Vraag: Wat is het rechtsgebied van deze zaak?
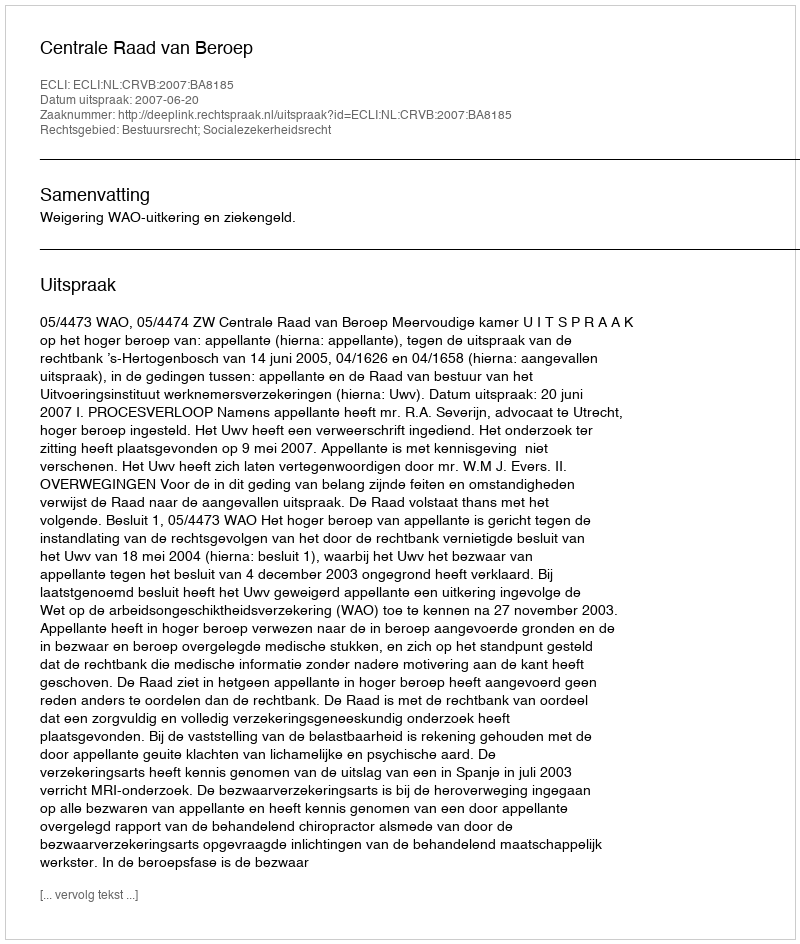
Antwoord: Bestuursrecht; Socialezekerheidsrecht